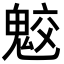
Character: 𩲻